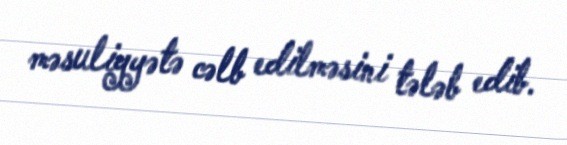
məsuliyyətə cəlb edilməsini tələb edib.